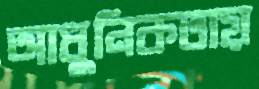
আধুনিকতায়